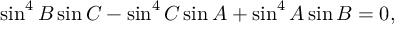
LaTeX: \sin ^ { 4 } B \sin C - \sin ^ { 4 } C \sin A + \sin ^ { 4 } A \sin B = 0 ,